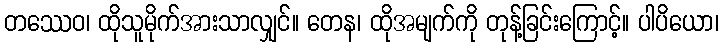
တဿေဝ၊ ထိုသူမိုက်အားသာလျှင်။ တေန၊ ထိုအမျက်ကို တုန့်ခြင်းကြောင့်။ ပါပိယော၊